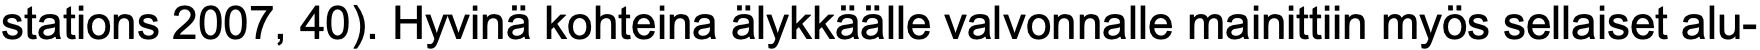
stations 2007, 40). Hyvinä kohteina älykkäälle valvonnalle mainittiin myös sellaiset alu-